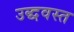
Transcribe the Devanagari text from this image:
उद्धवस्त